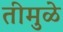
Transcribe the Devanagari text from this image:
तीमुळे